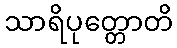
သာရိပုတ္တောတိ